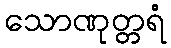
သောဏုတ္တရံ